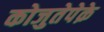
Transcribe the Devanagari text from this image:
कोजुतेपेक़े